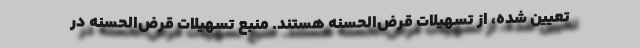
تعیین شده، از تسهیلات قرض‌الحسنه هستند. منبع تسهیلات قرض‌الحسنه در